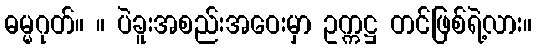
ဓမ္မဂုတ်။ ။ ပဲခူးအစည်းအဝေးမှာ ဥက္ကဋ္ဌ တင်ဖြစ်ရဲ့လား။